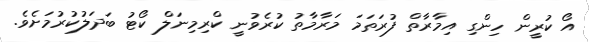
އޯ ކުރީން ހިންގި އިމާރާތް ފުރަތަމަ މަރާމާތު ކުރެވުނީ ކްރިމިނަލް ކޯޓު ބަދަލުކުރުމަށެވެ.